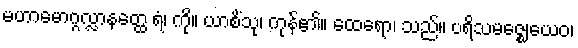
မဟာမောဂ္ဂလ္လာနတ္ထေ ရံ၊ ကို။ ယာစိံသု၊ ကုန်၏။ ထေရော၊ သည်။ ပရိသမဇ္ဈေယေဝ၊